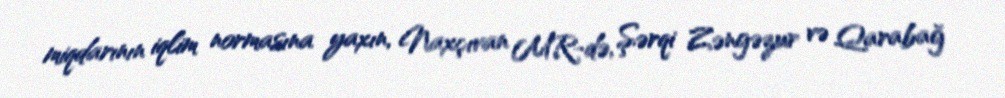
miqdarının iqlim normasına yaxın, Naxçıvan MR-də, Şərqi Zəngəzur və Qarabağ